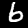
Digit: 6